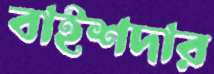
বাইশদার